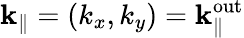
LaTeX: {\mathbf k}_{\parallel}=(k_{x},k_{y})={\mathbf k}_{\parallel}^{\mathrm{out}}